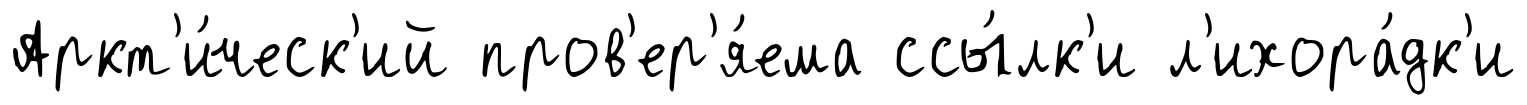
Аркт'и́ческ'ий пров'ер'я́ема ссы́лк'и л'ихора́дк'и